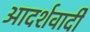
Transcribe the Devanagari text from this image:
आदर्शवादीें